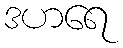
ဒဟရေ